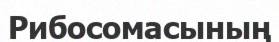
Рибосомасының